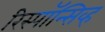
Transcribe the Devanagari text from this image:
रिस्पॉन्सिव्ह